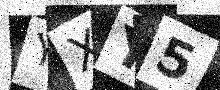
Text: YXY5